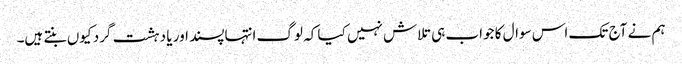
ہم نے آج تک اس سوال کا جواب ہی تلاش نہیں کیا کہ لوگ انتہاپسند اور یا دہشت گرد کیوں بنتے ہیں۔